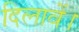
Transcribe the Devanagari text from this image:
दिलावें।